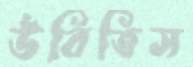
উবিতিস